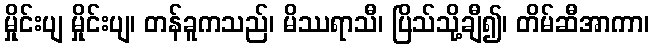
မှိုင်းပျ မှိုင်းပျ၊ တန်ခူကသည်၊ မိဿရာသီ၊ ပြိသ်သို့ချီ၍၊ တိမ်ဆီအာကာ၊